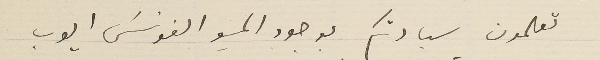
تعلمون سيادتكم بوجود المسيو الفونسَ ايوب